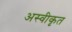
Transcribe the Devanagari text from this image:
अस्‍वीकृत